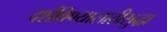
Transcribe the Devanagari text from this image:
दर्शविण्यासाठीसुद्धा